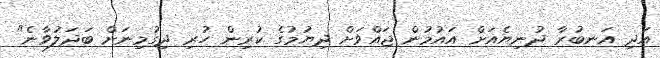
އަދި އަނބުރާ ދުނިޔެއަށް އައުމުން ޖައްވަށް ދިޔުމުގެ ކުރިން ހުރި ދިގުމިނަށް ބަދަލުވާނެ"